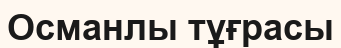
Османлы тұғрасы